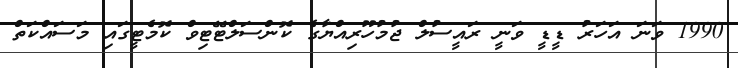
1990 ވަނަ އަހަރު ޑީޑީ ވަނީ ރައީސުލް ޖުމުހޫރިއްޔާގެ ކޮންސަލްޓޭޓިވް ކޮމެޓީގައި މަސައްކަތް